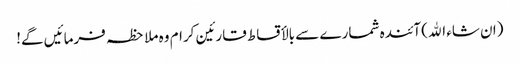
(ان شاء اﷲ) آئندہ شمارے سے بالأقساط قارئین کرام وہ ملاحظہ فرمائیں گے!